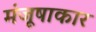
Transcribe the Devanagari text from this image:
मंजूषाकार